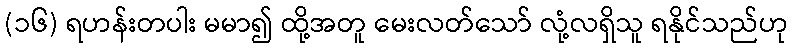
(၁၆) ရဟန်းတပါး မမာ၍ ထို့အတူ မေးလတ်သော် လုံ့လရှိသူ ရနိုင်သည်ဟု